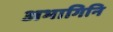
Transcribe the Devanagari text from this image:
अभागिनि